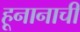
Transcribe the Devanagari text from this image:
हूनानाची